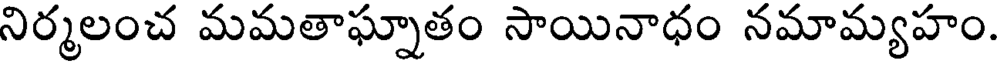
నిర్మలంచ మమతాఘ్నాతం సాయినాధం నమామ్యహం.